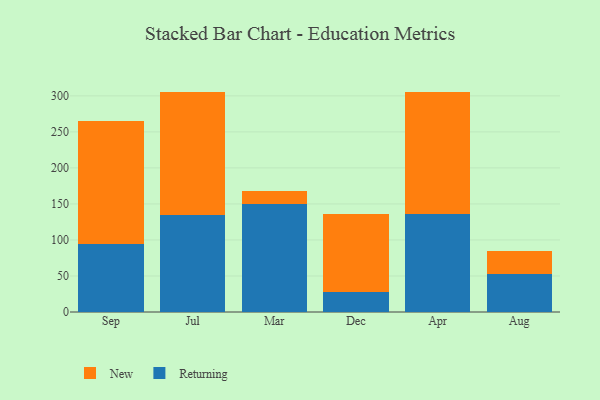
{"axis": {"x": "Month", "y": "Production Output"}, "legend": ["New", "Returning"], "data": [{"x": "Sep", "y": 94.1, "type": "Returning"}, {"x": "Sep", "y": 171.3, "type": "New"}, {"x": "Jul", "y": 134.1, "type": "Returning"}, {"x": "Jul", "y": 171.0, "type": "New"}, {"x": "Mar", "y": 149.3, "type": "Returning"}, {"x": "Mar", "y": 18.0, "type": "New"}, {"x": "Dec", "y": 28.2, "type": "Returning"}, {"x": "Dec", "y": 108.0, "type": "New"}, {"x": "Apr", "y": 136.4, "type": "Returning"}, {"x": "Apr", "y": 169.5, "type": "New"}, {"x": "Aug", "y": 52.1, "type": "Returning"}, {"x": "Aug", "y": 32.2, "type": "New"}]}